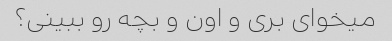
میخوای بری و اون و بچه رو ببینی؟